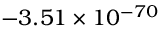
- 3 . 5 1 \times 1 0 ^ { - 7 0 }